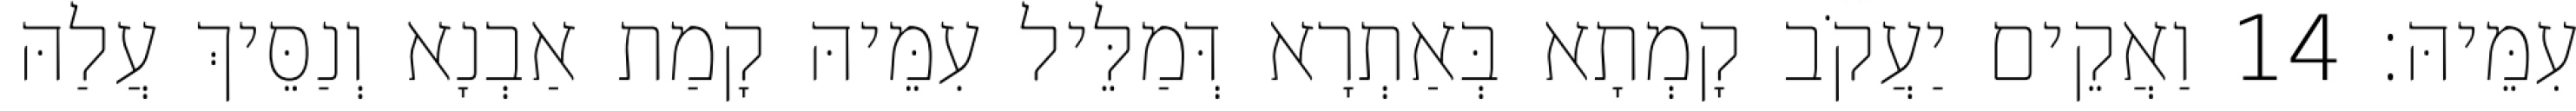
עִמֵּיהּ׃ 14 וַאֲקֵים יַעֲקֹב קָמְתָא בְּאַתְרָא דְּמַלֵּיל עִמֵּיהּ קָמַת אַבְנָא וְנַסֵּיךְ עֲלַהּ